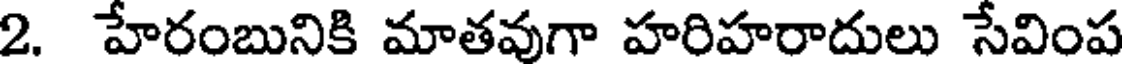
2. హేరంబునికి మాతవుగా హరిహరాదులు సేవింప